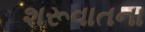
શરૂવાતના